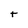
Character: t